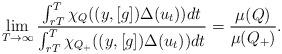
LaTeX: \begin{align*}\lim_{T\to \infty}\frac{\int_{rT}^{T}\chi_{Q}((y,[g])\Delta(u_t))dt}{\int_{rT}^{T}\chi_{Q_{+}}((y,[g])\Delta(u_t))dt}=\frac{\mu(Q)}{\mu(Q_{+})}.\end{align*}